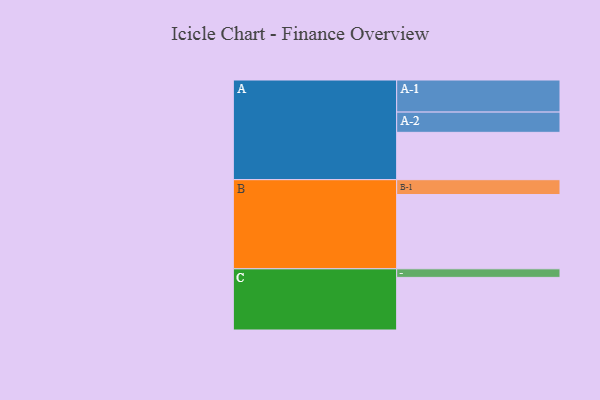
{"axis": {"x": "Segment", "y": "Value"}, "legend": ["", "A", "B", "C"], "data": [{"x": "A", "y": 332, "type": ""}, {"x": "B", "y": 521, "type": ""}, {"x": "C", "y": 369, "type": ""}, {"x": "A-1", "y": 225, "type": "A"}, {"x": "A-2", "y": 142, "type": "A"}, {"x": "B-1", "y": 104, "type": "B"}, {"x": "C-1", "y": 60, "type": "C"}]}